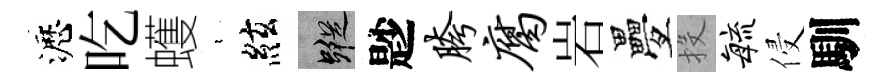
瀝吃蠖裊絃蹤尟胯腐岩疊投敏侵馴